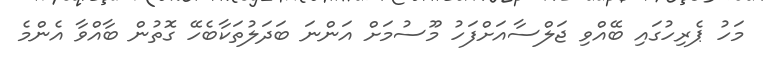
މަހު ޕެރިހުގައި ބޭއްވި ޖަލްސާއަށްފަހު މޫސުމަށް އަންނަ ބަދަލުތަކާބެހޭ ގޮތުން ބާއްވާ އެންމެ